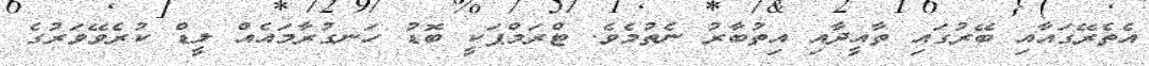
އެތެރޭގައާއި ބޭރުގައި ތާއީދާއި އިތުބާރު ނެތުމެވެ. ޓްރަމްޕަކީ ބޮޑު ހަނގުރާމައެއް ލީޑް ކުރެވޭވަރުގެ